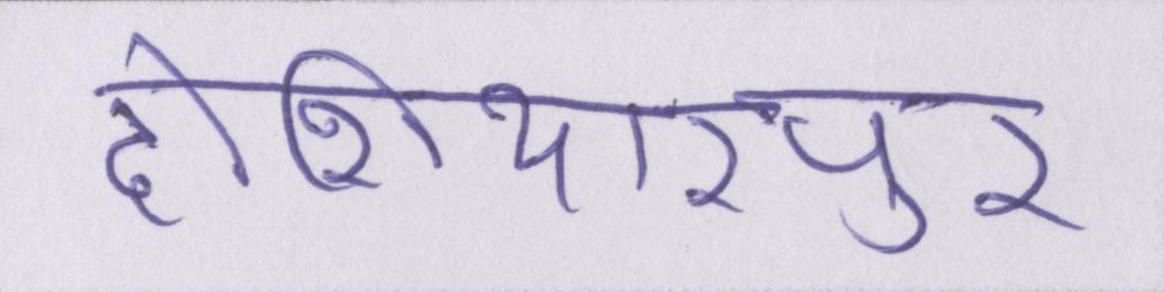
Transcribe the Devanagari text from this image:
होशियारपुर